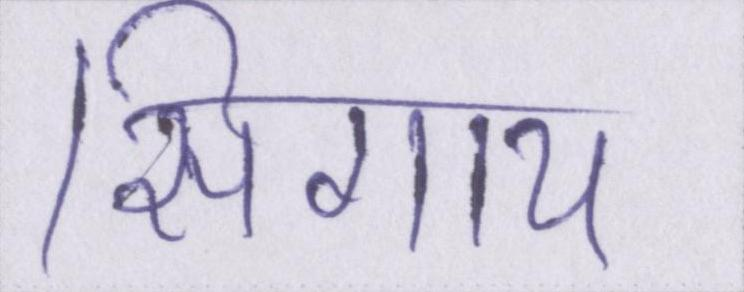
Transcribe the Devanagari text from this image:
सिगाय